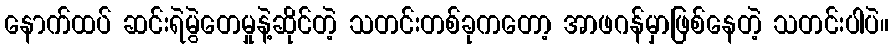
နောက်ထပ် ဆင်းရဲမွဲတေမှုနဲ့ဆိုင်တဲ့ သတင်းတစ်ခုကတော့ အာဖဂန်မှာဖြစ်နေတဲ့ သတင်းပါပဲ။